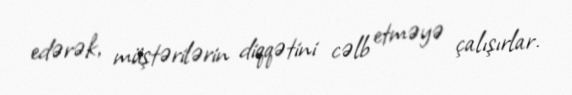
edərək, müştərilərin diqqətini cəlb etməyə çalışırlar.